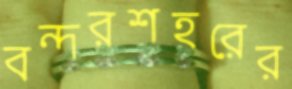
বন্দরশহরের